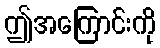
ဤအကြောင်းကို